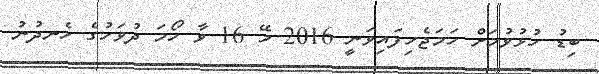
ބިޑު ހުޅުވުމަށް ހަމަޖެހިފައިވަނީ 2016 މޭ 16 ވާ ހޯމަ ދުވަހުގެ ހެނދުނު